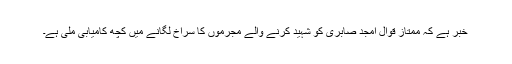
خبر ہے کہ ممتاز قوال امجد صابری کو شہید کرنے والے مجرموں کا سراخ لگانے میں کچھ کامیابی ملی ہے۔